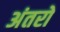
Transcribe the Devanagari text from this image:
अंतरो